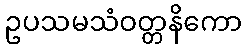
ဥပသမသံဝတ္တနိကော